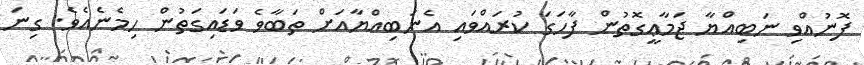
ފޮނުއްވި ނަބިއްޔާ ޖަމާޢީގޮތުން ފާހަގަ ކުރައްވައި އެނަބިއްޔާއަށް ތަބާވެ ވަޑައިގަތުން ހިމެނެއެވެ. ގިނަ